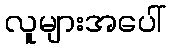
လူများအပေါ်